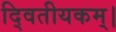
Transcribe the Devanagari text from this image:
दि्वतीयकम्।